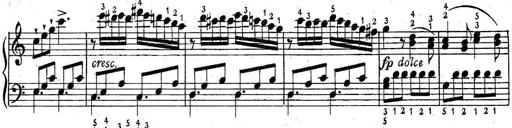
Title: 6 Easy Sonatinas
Composer: Carl Czerny